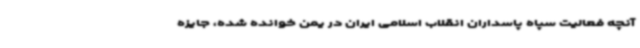
آنچه فعالیت سپاه پاسداران انقلاب اسلامی ایران در یمن خوانده شده، جایزه